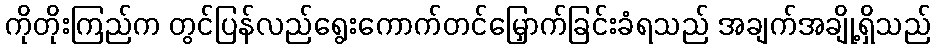
ကိုတိုးကြည်က တွင်ပြန်လည်ရွေးကောက်တင်မြှောက်ခြင်းခံရသည် အချက်အချို့ရှိသည်